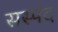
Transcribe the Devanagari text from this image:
सस्पंद